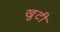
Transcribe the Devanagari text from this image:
खुटी